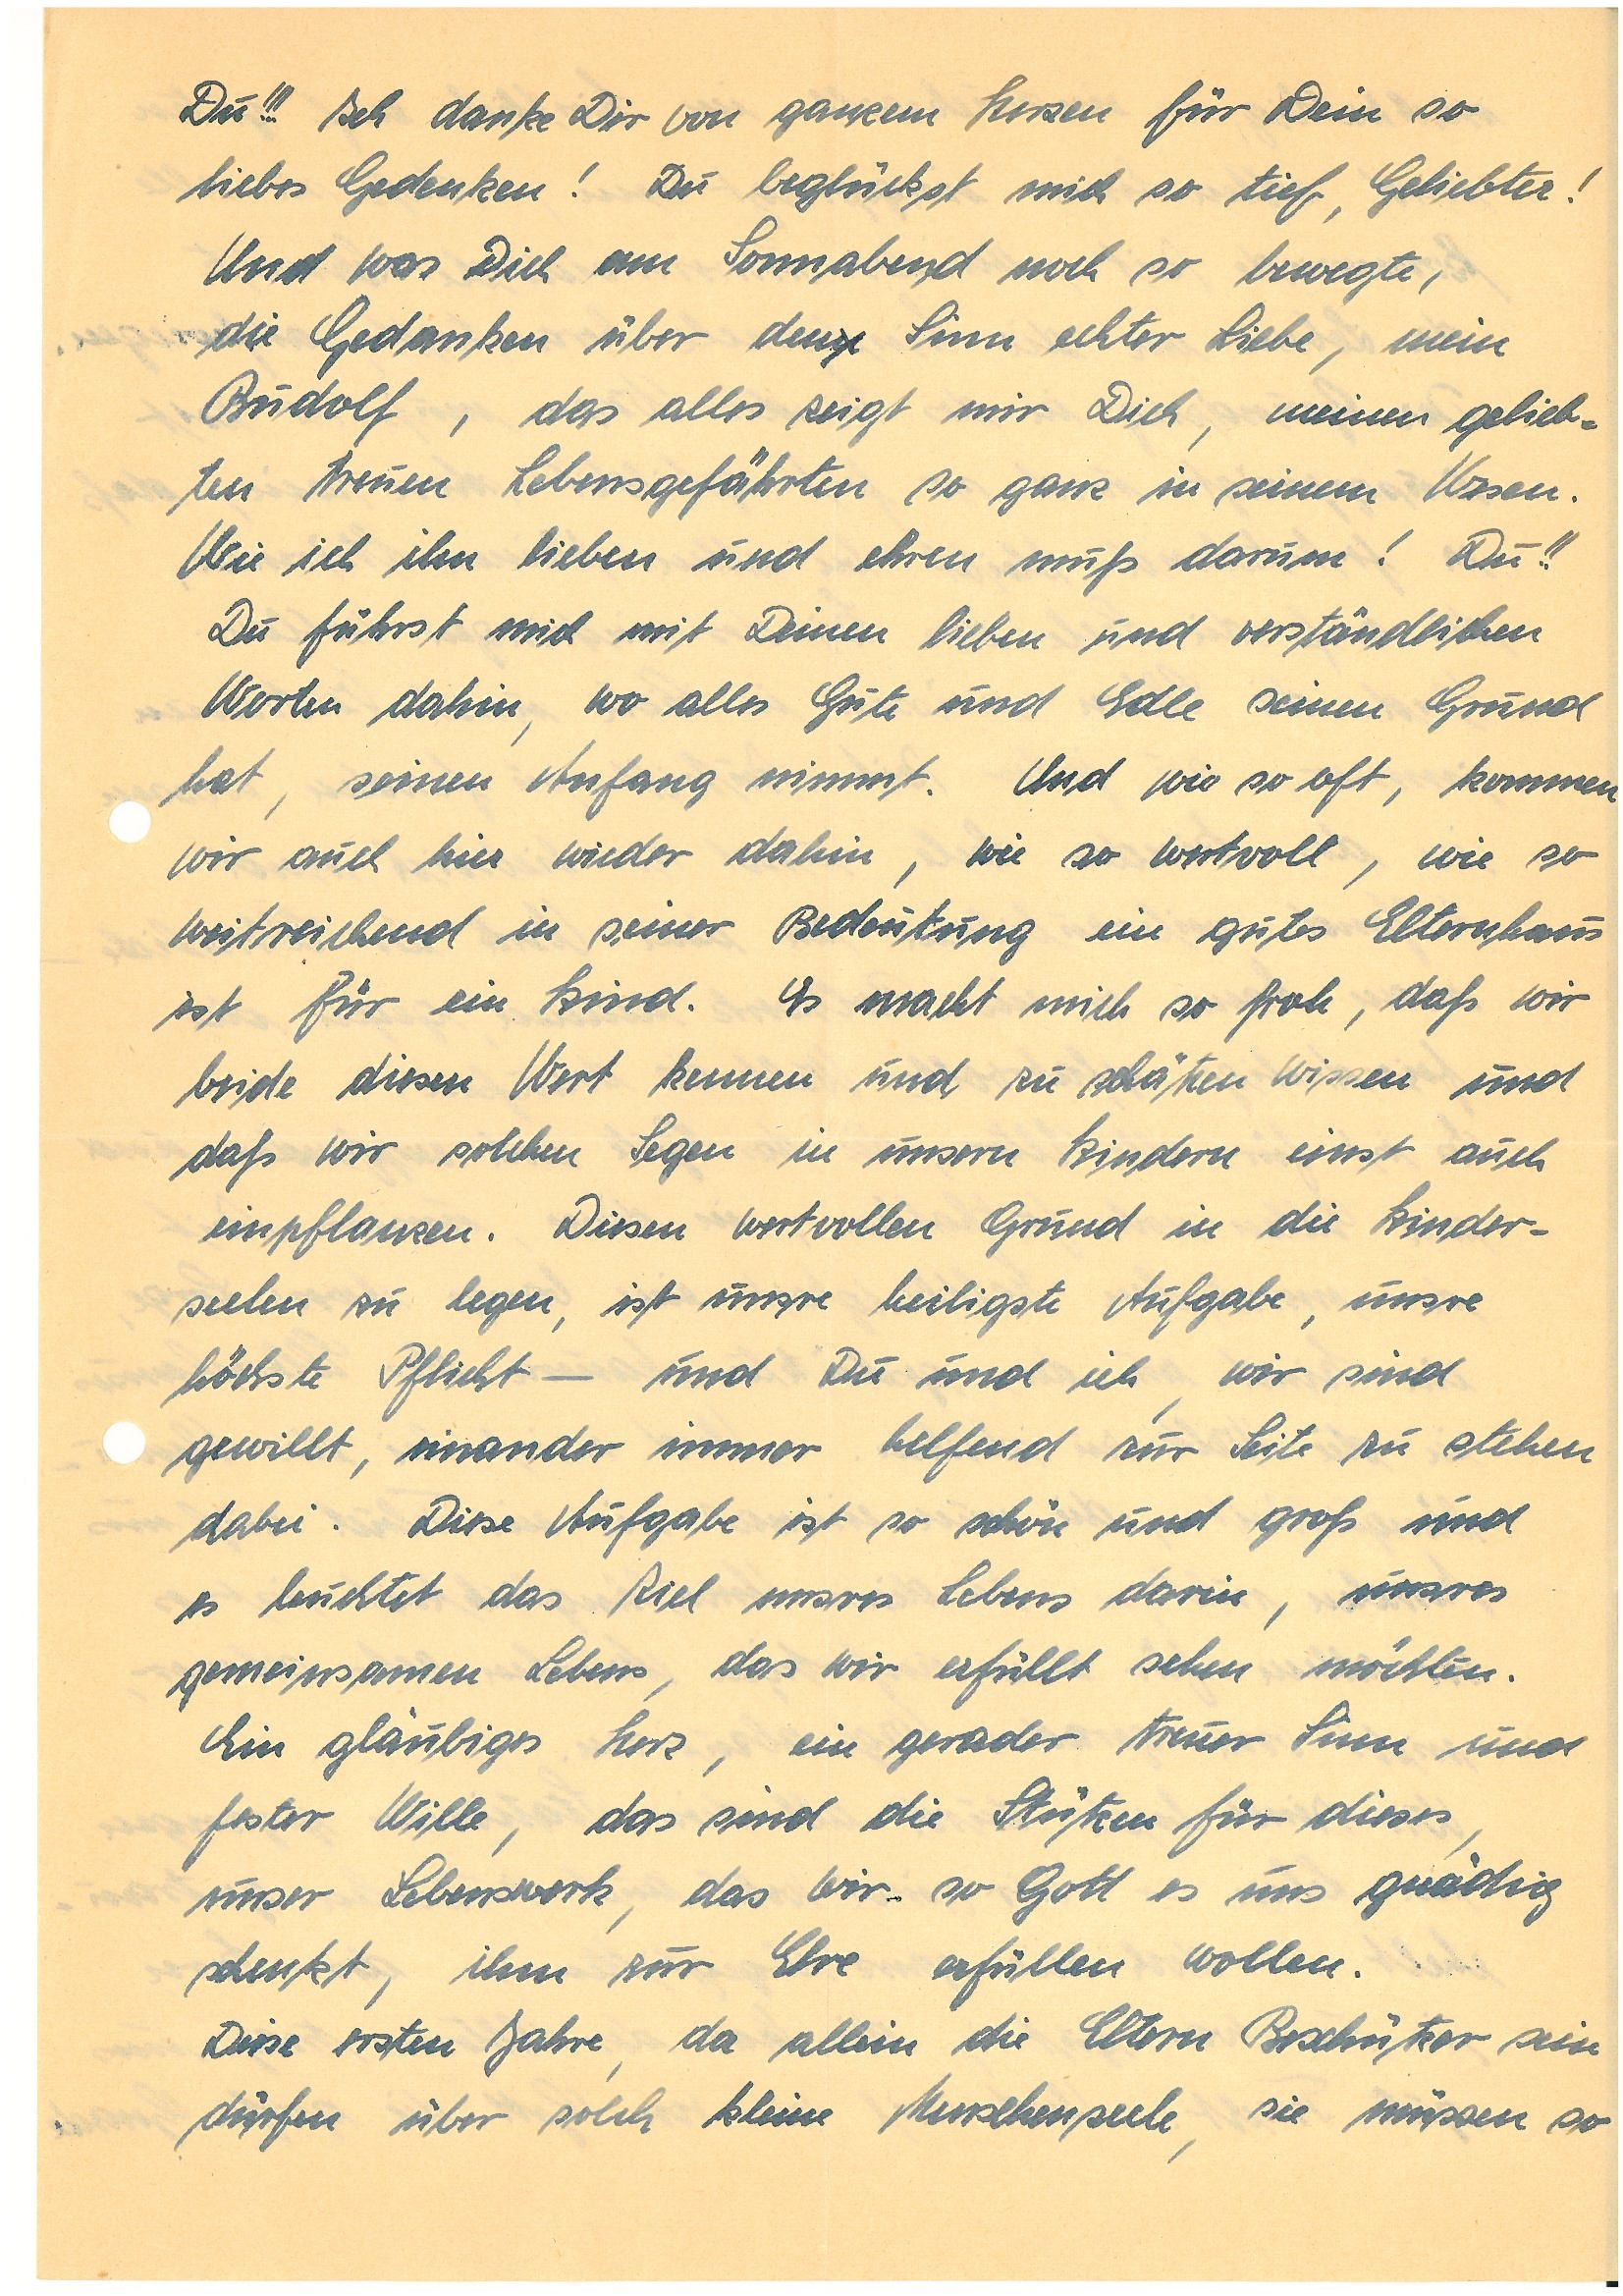
Du!!! Ich danke Dir von ganzem Herzen für Dein so
liebes Gedenken! Du beglückst mich so tief, Geliebter!
Und was Dich am Sonnabend noch so bewegte,
die Gedanken über denm Sinn echter Liebe, mein
das alles zeigt mir Dich, meinen gelieb¬
ten treuen Lebensgefährten so ganz in seinem Wesen.
Wie ich ihn lieben und ehren muss darum! Du!!
Du führst mich mit Deinen lieben und verständlichen
Worten dahin, wo alles Gute und Edle seinen Grund
hat, seinen Anfang nimmt. Und wie so oft, kommen
wir auch hier wieder dahin, wie so wertvoll, wie so
weitreichend in seiner Bedeutung ein gutes Elternhaus
ist für ein Kind. Es macht mich so froh, daß wir
beide diesen Wert kennen und zu schätzen wissen und
daß wir solchen Segen in unsern Kindern einst auch
einpflanzen. Diesen wertvollen Grund in die Kinder¬
seelen zu legen, ist unsre heiligste Aufgabe, unsre
höchste Pflicht – und Du und ich, wir sind
gewillt einander immer helfend zur Seite zu stehen
dabei. Diese Aufgabe ist so schön und groß und
es leuchtet das Ziel unsres Lebens darin, unsres
gemeinsamen Lebens, das wir erfüllt sehen möchten.
Ein gläubiges Herz, ein gerader treuer Sinn und
fester Wille, das sind die Stützen für dieses,
unser Lebenswerk, das wir, so Gott es uns gnädig
schenkt, ihm zur Ehre erfüllen wollen.
Diese ersten Jahre, da allein die Eltern Beschützer sein
dürfen über solch kleine Menschenseele, sie müssen so